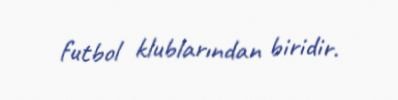
futbol klublarından biridir.